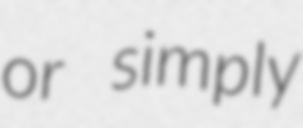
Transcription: or simply